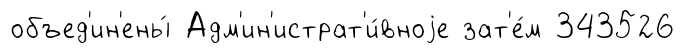
объед'ин'ены́ Адм'ин'истрат'и́вноjе зат'е́м 343526